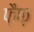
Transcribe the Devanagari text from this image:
फ़ैफ़